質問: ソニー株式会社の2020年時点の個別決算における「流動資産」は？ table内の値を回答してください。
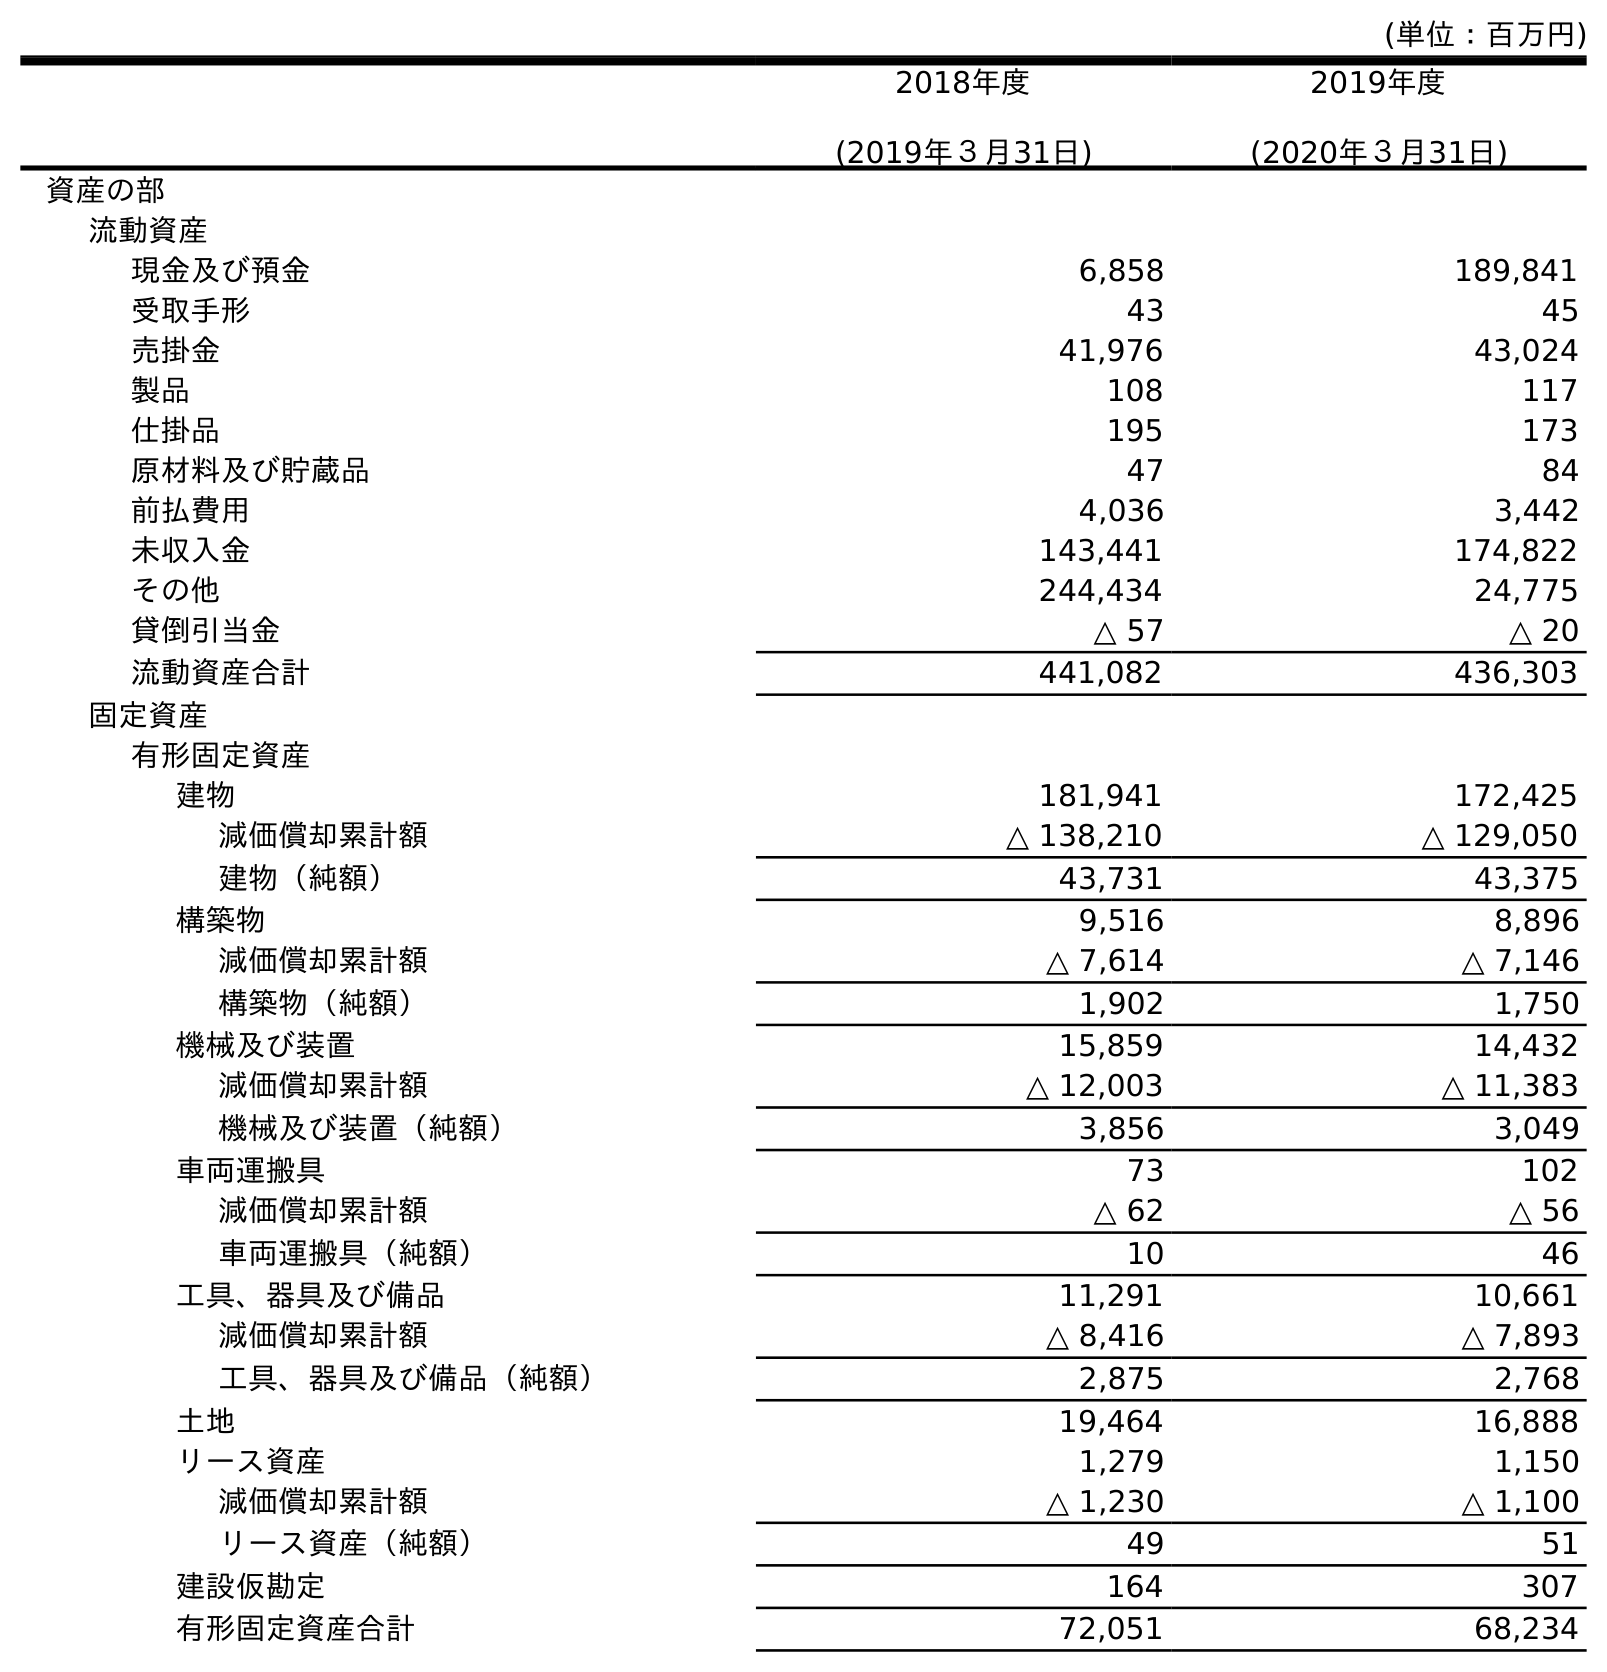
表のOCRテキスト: (単位：百万円) 2018年度 (2019年３月31日) 2019年度 (2020年３月31日) 資産の部 流動資産 現金及び預金 6,858 189,841 受取手形 43 45 売掛金 41,976 43,024 製品 108 117 仕掛品 195 173 原材料及び貯蔵品 47 84 前払費用 4,036 3,442 未収入金 143,441 174,822 その他 244,434 24,775 貸倒引当金 △ 57 △ 20 流動資産合計 441,082 436,303 固定資産 有形固定資産 建物 181,941 172,425 減価償却累計額 △ 138,210 △ 129,050 建物（純額） 43,731 43,375 構築物 9,516 8,896 減価償却累計額 △ 7,614 △ 7,146 構築物（純額） 1,902 1,750 機械及び装置 15,859 14,432 減価償却累計額 △ 12,003 △ 11,383 機械及び装置（純額） 3,856 3,049 車両運搬具 73 102 減価償却累計額 △ 62 △ 56 車両運搬具（純額） 10 46 工具、器具及び備品 11,291 10,661 減価償却累計額 △ 8,416 △ 7,893 工具、器具及び備品（純額） 2,875 2,768 土地 19,464 16,888 リース資産 1,279 1,150 減価償却累計額 △ 1,230 △ 1,100 リース資産（純額） 49 51 建設仮勘定 164 307 有形固定資産合計 72,051 68,234
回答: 436,303